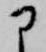
に